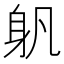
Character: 𨈔